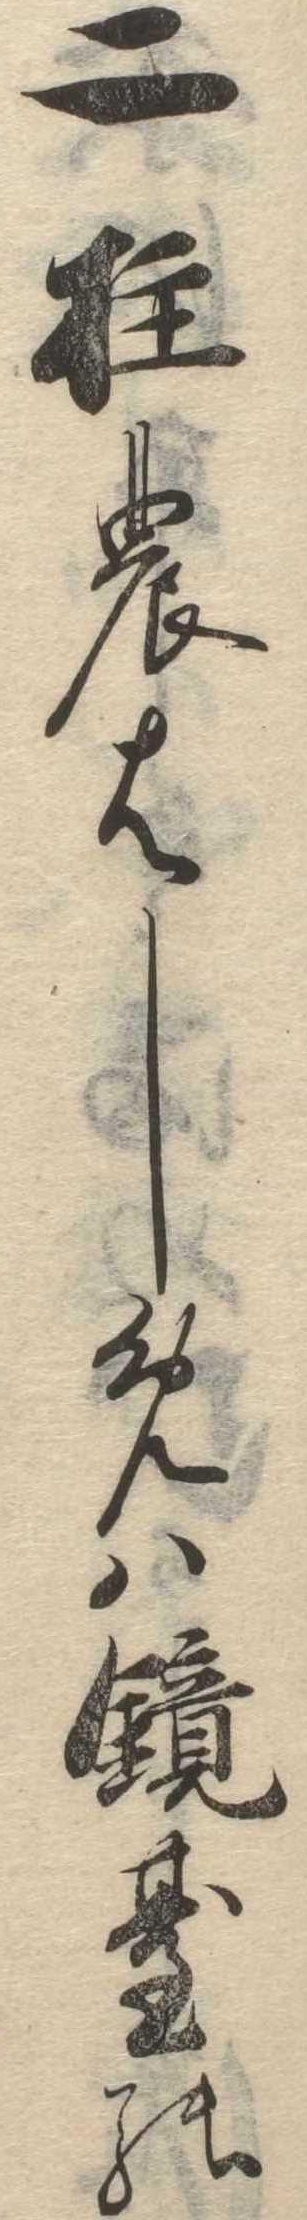
二柱のはしめは鏡台の